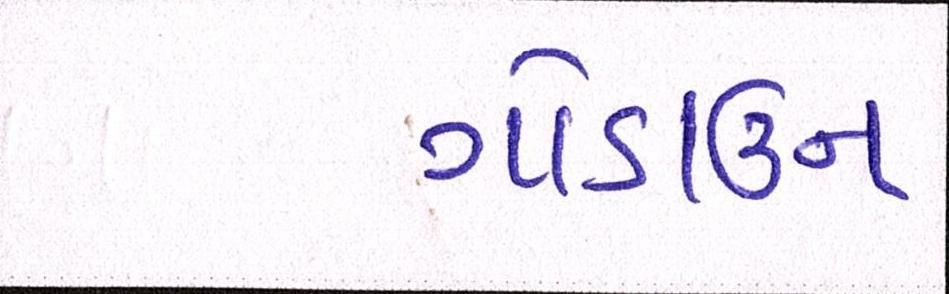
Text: ગોડાઉન